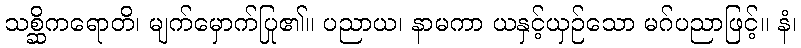
သစ္ဆိကရောတိ၊ မျက်မှောက်ပြု၏။ ပညာယ၊ နာမကာ ယနှင့်ယှဉ်သော မဂ်ပညာဖြင့်။ နံ၊